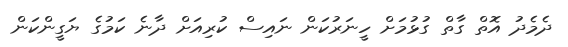
ދެމެދު އޮތް ގާތް ގުޅުމަށް ހީނަރުކަން ނައިސް ކުރިއަށް ދާނެ ކަމުގެ ޔަގީންކަން